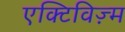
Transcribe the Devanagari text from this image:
एक्टिविज़्म